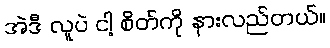
အဲဒီ လူပဲ ငါ့ စိတ်ကို နားလည်တယ်။